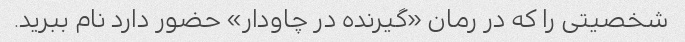
شخصیتی را که در رمان «گیرنده در چاودار» حضور دارد نام ببرید.